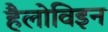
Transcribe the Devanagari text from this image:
हैलोविइन